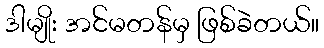
ဒါမျိုး အင်မတန်မှ ဖြစ်ခဲတယ်။